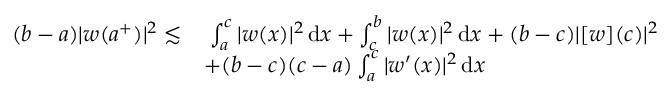
\begin{array} { r l } { ( b - a ) | w ( a ^ { + } ) | ^ { 2 } \lesssim } & { \; \int _ { a } ^ { c } | w ( x ) | ^ { 2 } \, \mathrm { d } x + \int _ { c } ^ { b } | w ( x ) | ^ { 2 } \, \mathrm { d } x + ( b - c ) | [ w ] ( c ) | ^ { 2 } } \\ & { + ( b - c ) ( c - a ) \int _ { a } ^ { c } | w ^ { \prime } ( x ) | ^ { 2 } \, \mathrm { d } x } \end{array}